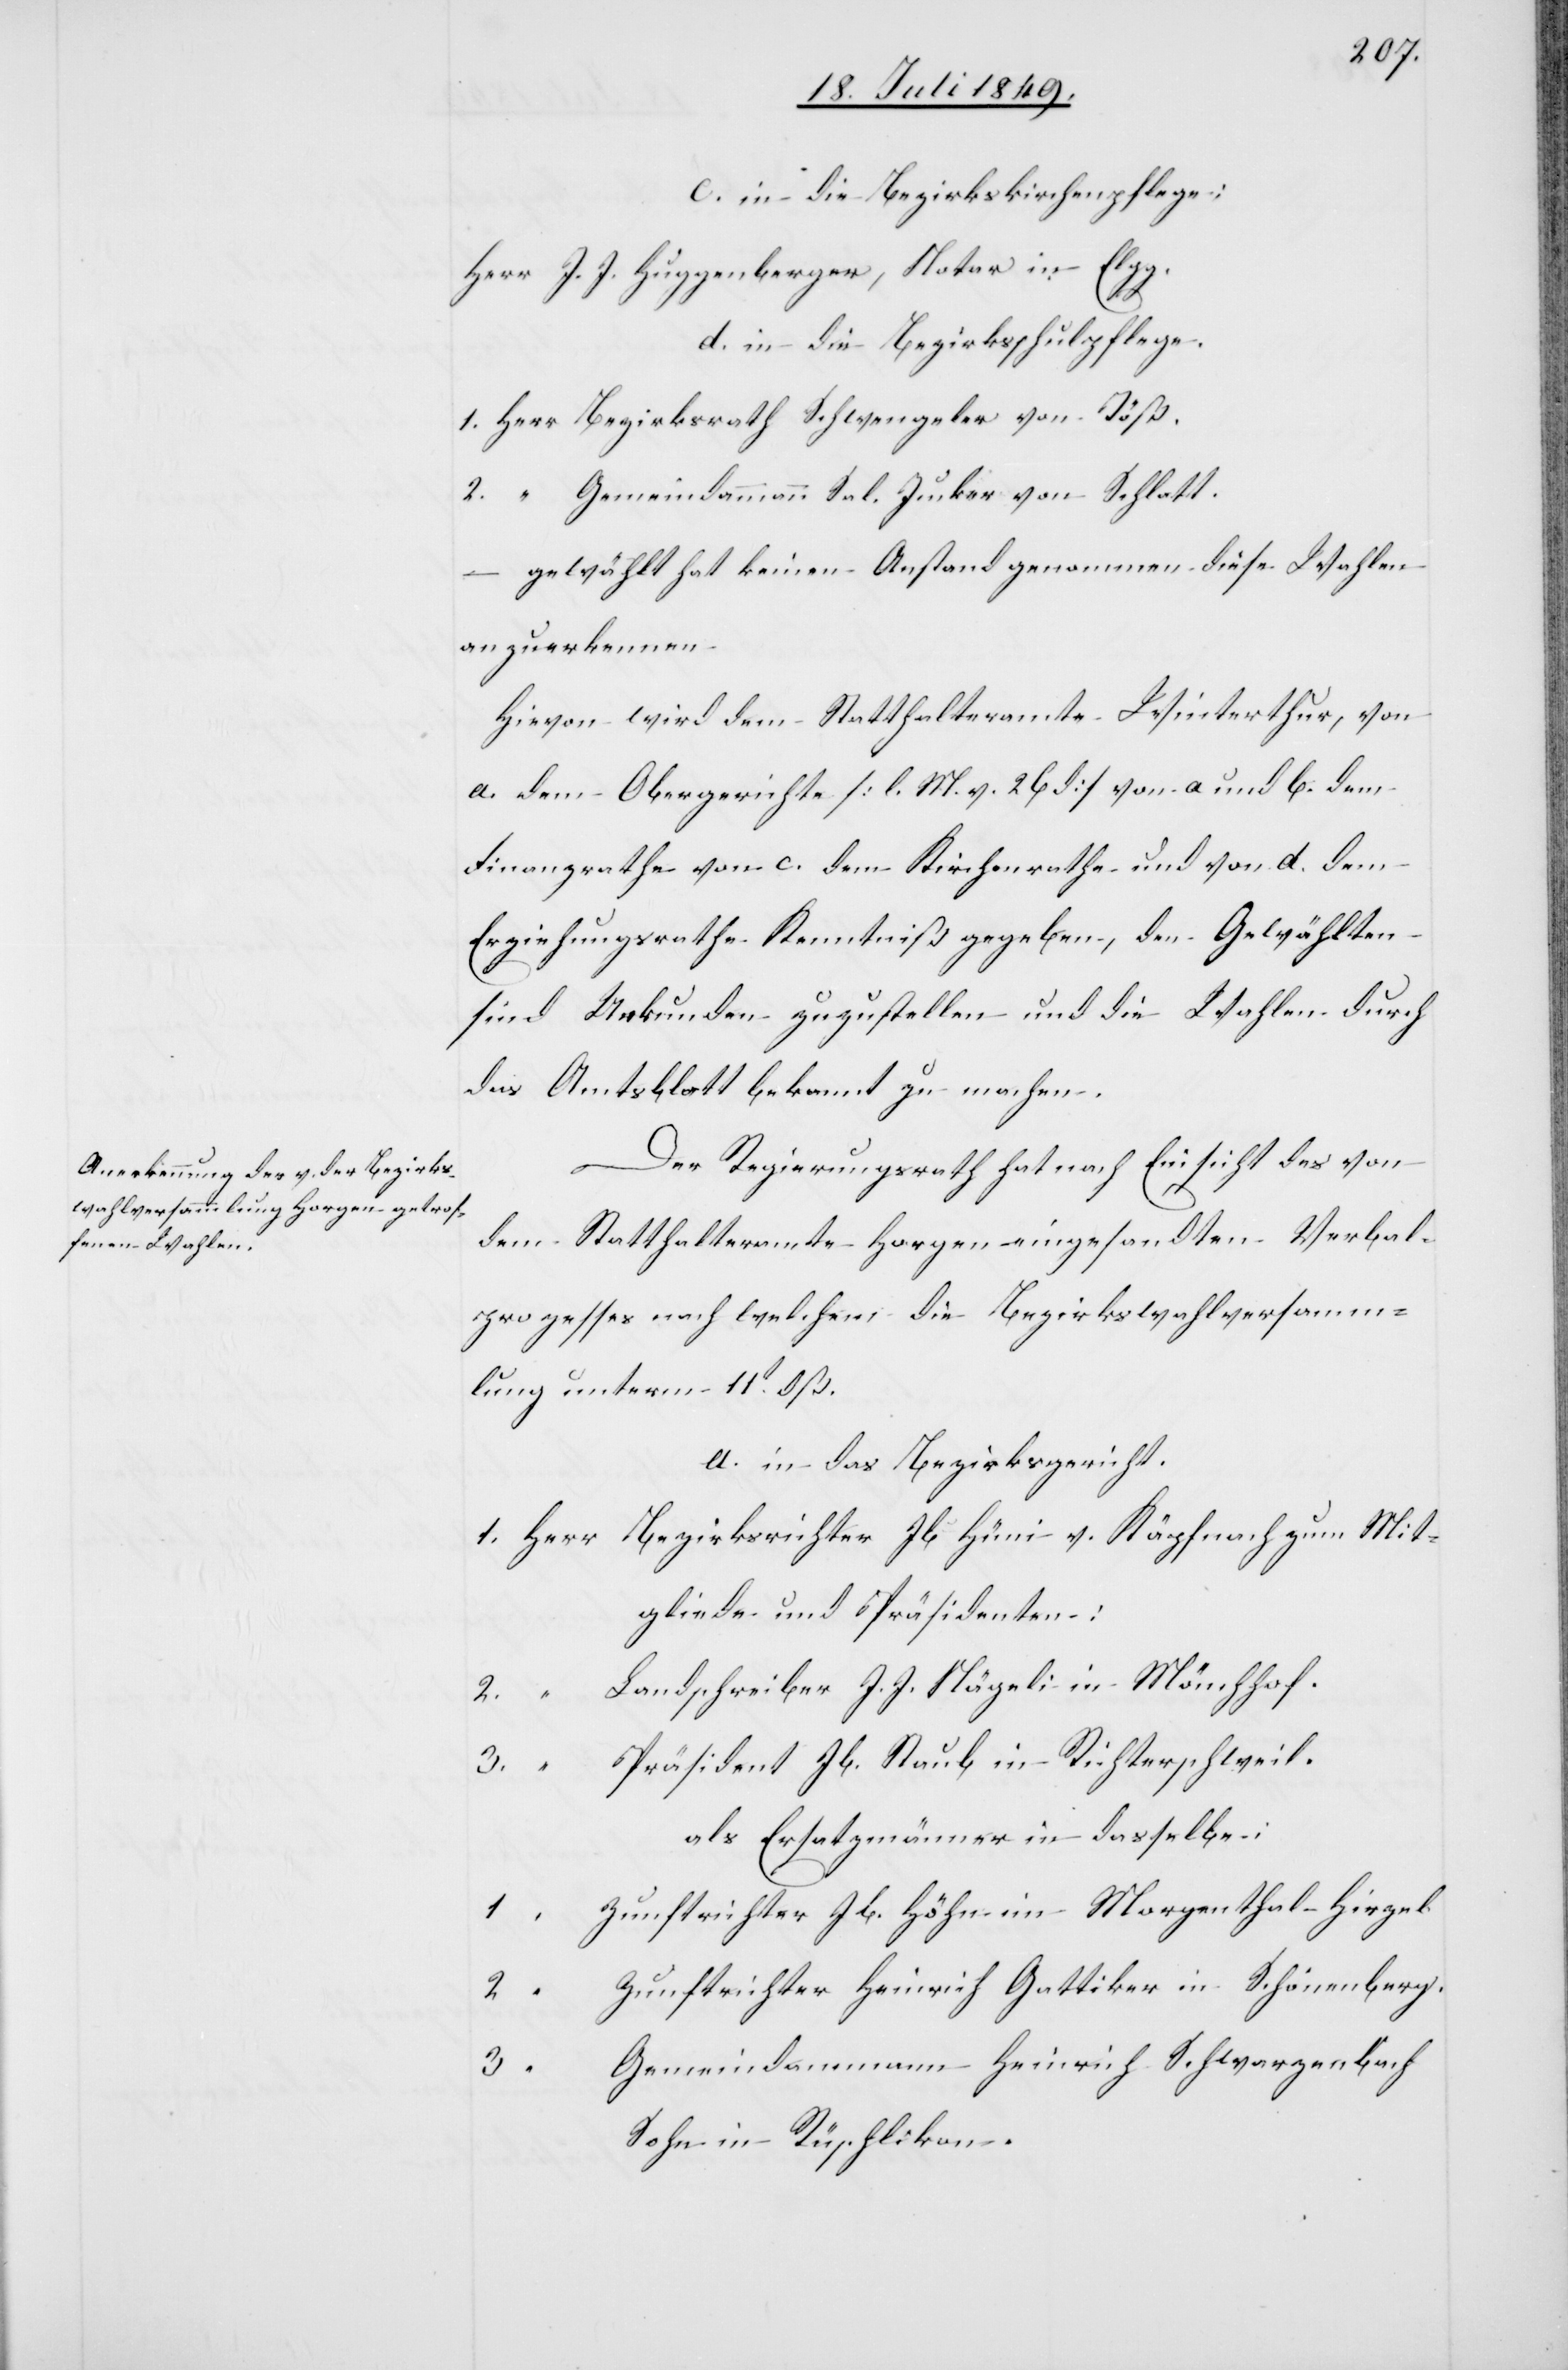
3.		“	G¬
c. in die Bezirkskirchenpflege;
Herr J. J. Huggenberger, Notar in Elgg.
d. in die Bezirksschulpflege.
1.	Herr	Bezirksrath Schwengeler von Töß.
2.		“	Gemeindammann Sal. Junker von Schlatt.
– gewählt hat keinen Anstand genommen diese Wahlen
anzuerkennen.
Hievon wird dem Statthalteramte Winterthur, von
a. dem Obergerichte [l. M. v. 26 d.] von a und b. dem
Finanzrathe von c. dem Kirchenrathe und von d. dem
Erziehungsrathe Kenntniß gegeben, den Gewählten
sind Urkunden zuzustellen und die Wahlen durch
das Amtsblatt bekannt zu machen.
Der Regierungsrath hat nach Einsicht des von
dem Statthalteramte Horgen eingesandten Verbal¬
prozesses nach welchem die Bezirkswahlversamm¬
lung unterm 11t dß.
a. in das Bezirksgericht.
1.	Herr	Bezirksrichter Jb. Hüni v. Käpfnach zum Mit¬
gliede und Präsidenten:
2.		“	Landschreiber J. J. Nägeli in Mönchhof.
3.		“	Präsident Jb. Staub in Richterschweil.
als Ersatzmänner in dasselbe:
1.		“	Zunftrichter Jb. Höhn im Morgenthal Hirzel.
2.		“	Zunftrichter Heinrich Gattiker in Schönenberg.
emeindammann Heinrich Schwarzenbach
Sohn in Rüschlikon.